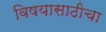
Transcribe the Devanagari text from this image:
विषयासाठीचा